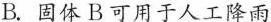
B.固体B可用于人工降雨